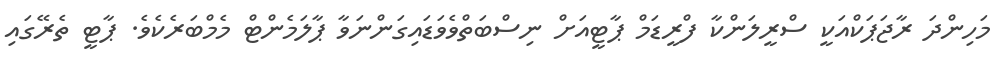
މަހިންދަ ރާޖަޕަކްއަކީ ސްރީލަންކާ ފްރީޑަމް ޕާޓީއަށް ނިސްބަތްވެވަޑައިގަންނަވާ ޕާލަމެންޓް މެމްބަރެކެވެ. ޕާޓީ ތެރޭގައި